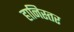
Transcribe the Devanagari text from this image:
हानिस्तर